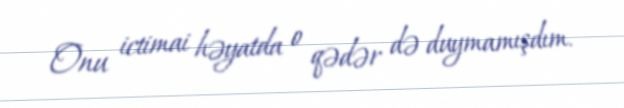
Onu ictimai həyatda o qədər də duymamışdım.